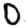
Digit: 0